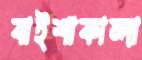
বাইশাকান্দা